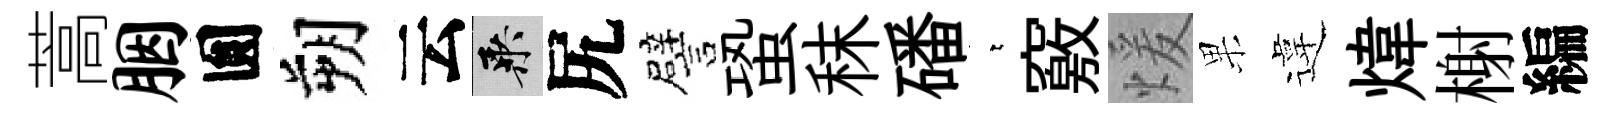
蒿胭圎朔云乘尻譬蛩秣磻萋竅煖果違煒榭編